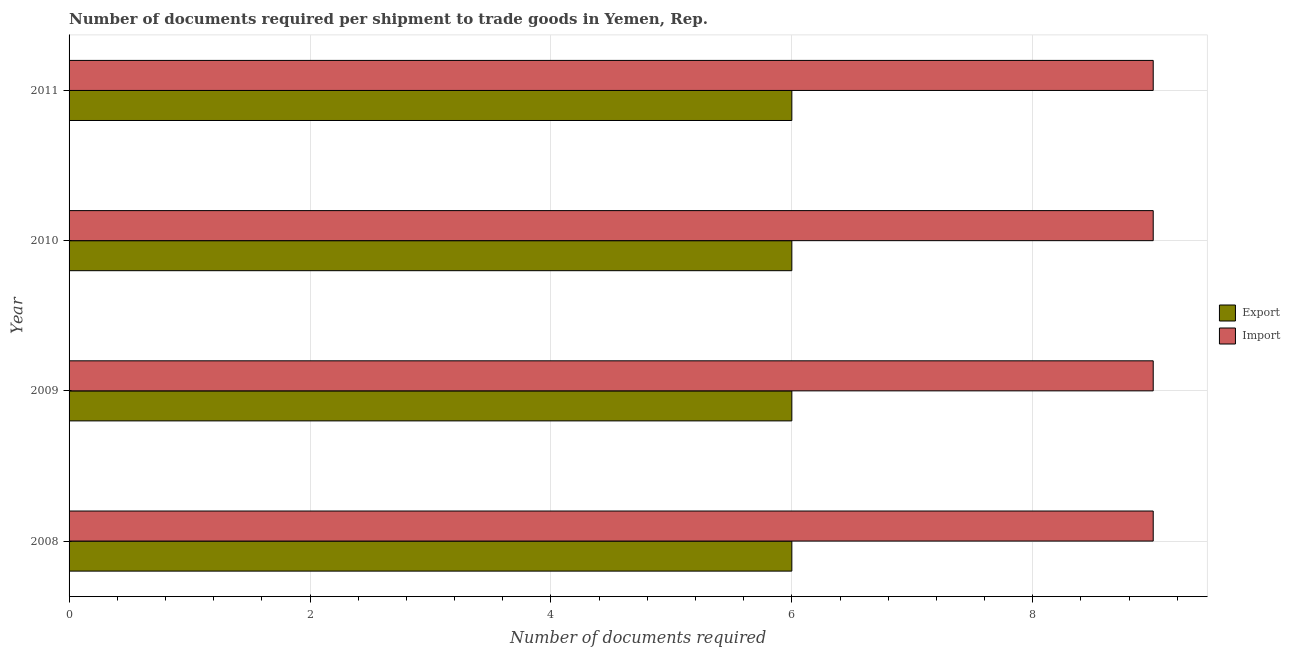
| Year | Export | Import |
 | --- | --- | --- |
 | 2008 | 6 | 9 |
 | 2009 | 6 | 9 |
 | 2010 | 6 | 9 |
 | 2011 | 6 | 9 |